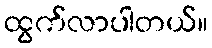
ထွက်လာပါတယ်။